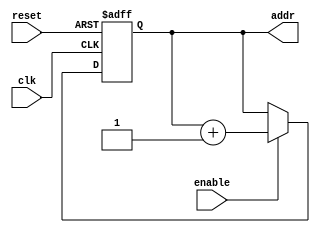
`timescale 1ns / 1ps
//////////////////////////////////////////////////////////////////////////////////
// Company: 
// Engineer: 
// 
// Design Name: 
// Module Name:    pc 
// Project Name: 
// Target Devices: 
// Tool versions: 
// Description: 
//
// Dependencies: 
//
// Revision: 
// Revision 0.01 - File Created
// Additional Comments: 
//
//////////////////////////////////////////////////////////////////////////////////
module pc(
				input clk,
				input reset,
				input enable,
				output reg [10:0] addr
				);

	always @(posedge clk, posedge reset) 
	begin
		if (reset)
			addr = 0;
		else if (enable)
			addr= addr +1;
		else
			addr = addr;
	end


endmodule